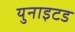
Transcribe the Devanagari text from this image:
युनाइटड